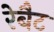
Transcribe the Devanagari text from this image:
रेबैट